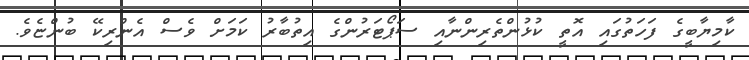
ކާމިޔާބީގެ ފަހަތުގައި އޮތީ ކުޅުންތެރިންނާއި ސަޕޯޓަރުންގެ އިތުބާރު ކަމަށް ވެސް އެންރިކޭ ބުންޏެވެ.